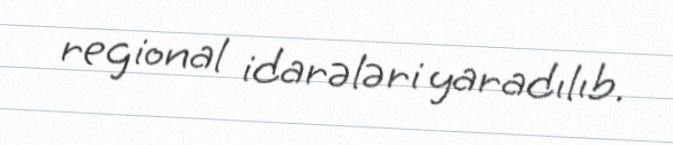
regional idarələri yaradılıb.